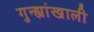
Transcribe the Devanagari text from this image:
गुन्ह्यांखाली